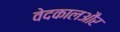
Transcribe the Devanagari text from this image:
वेदकालऔर